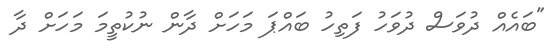
"ބައެއް ދުވަސް ދުވަހު ފަތިހު ބައްޕަ މަހަށް ދާން ނުކުތީމަ މަހަށް ދާ